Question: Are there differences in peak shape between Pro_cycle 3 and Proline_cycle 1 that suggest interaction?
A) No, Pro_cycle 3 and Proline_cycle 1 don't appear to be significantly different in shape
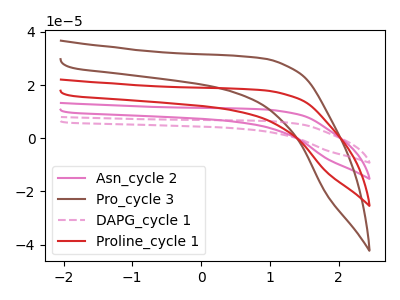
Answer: <think>The pink curve "Asn_cycle 2" has no peaks. The brown curve "Pro_cycle 3" has no peaks. The pink dashed curve "DAPG_cycle 1" has no peaks. The red curve "Proline_cycle 1" has no peaks.
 Neither "Pro_cycle 3" or "Proline_cycle 1" have any peaks.</think>
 <answer>A) No, "Pro_cycle 3" and "Proline_cycle 1" don't appear to be significantly different in shape</answer>
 <eval>A</eval>